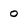
Character: 0